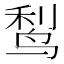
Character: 𬸎